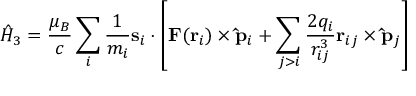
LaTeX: { \hat { H } } _ { 3 } = { \frac { \mu _ { B } } { c } } \sum _ { i } { \frac { 1 } { m _ { i } } } \mathbf { s } _ { i } \cdot \left[ \mathbf { F } ( \mathbf { r } _ { i } ) \times \mathbf { \hat { p } } _ { i } + \sum _ { j > i } { \frac { 2 q _ { i } } { r _ { i j } ^ { 3 } } } \mathbf { r } _ { i j } \times \mathbf { \hat { p } } _ { j } \right]